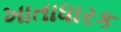
ખાતાધારક